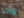
وأحد